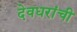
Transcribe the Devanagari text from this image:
देवधरांची